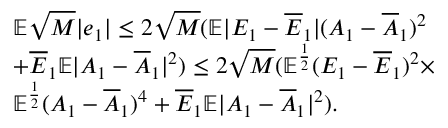
\begin{array} { r l } & { \mathbb { E } \sqrt { M } | e _ { 1 } | \le 2 \sqrt { M } ( \mathbb { E } | E _ { 1 } - \overline { { E } } _ { 1 } | ( A _ { 1 } - \overline { { A } } _ { 1 } ) ^ { 2 } } \\ & { + \overline { { E } } _ { 1 } \mathbb { E } | A _ { 1 } - \overline { { A } } _ { 1 } | ^ { 2 } ) \le 2 \sqrt { M } ( \mathbb { E } ^ { \frac { 1 } { 2 } } ( E _ { 1 } - \overline { { E } } _ { 1 } ) ^ { 2 } \times } \\ & { \mathbb { E } ^ { \frac { 1 } { 2 } } ( A _ { 1 } - \overline { { A } } _ { 1 } ) ^ { 4 } + \overline { { E } } _ { 1 } \mathbb { E } | A _ { 1 } - \overline { { A } } _ { 1 } | ^ { 2 } ) . } \end{array}